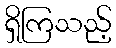
ရှိကြသည့်